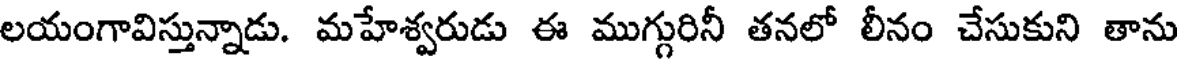
లయంగావిస్తున్నాడు. మహేశ్వరుడు ఈ ముగ్గురినీ తనలో లీనం చేసుకుని తాను